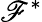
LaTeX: \mathscr{F}^{*}